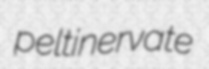
peltinervate